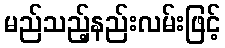
မည်သည့်နည်းလမ်းဖြင့်